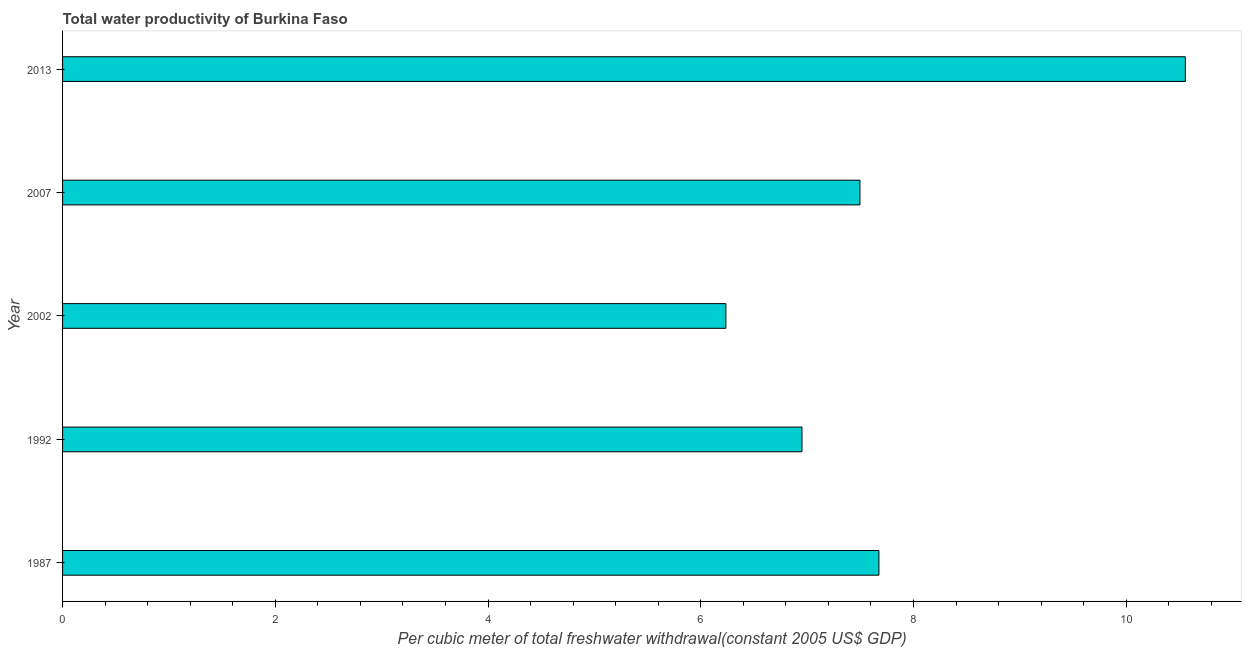
| Year | Water productivity |
 | --- | --- |
 | 1987 | 7.68 |
 | 1992 | 6.95 |
 | 2002 | 6.24 |
 | 2007 | 7.5 |
 | 2013 | 10.6 |